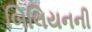
બિલિયનની